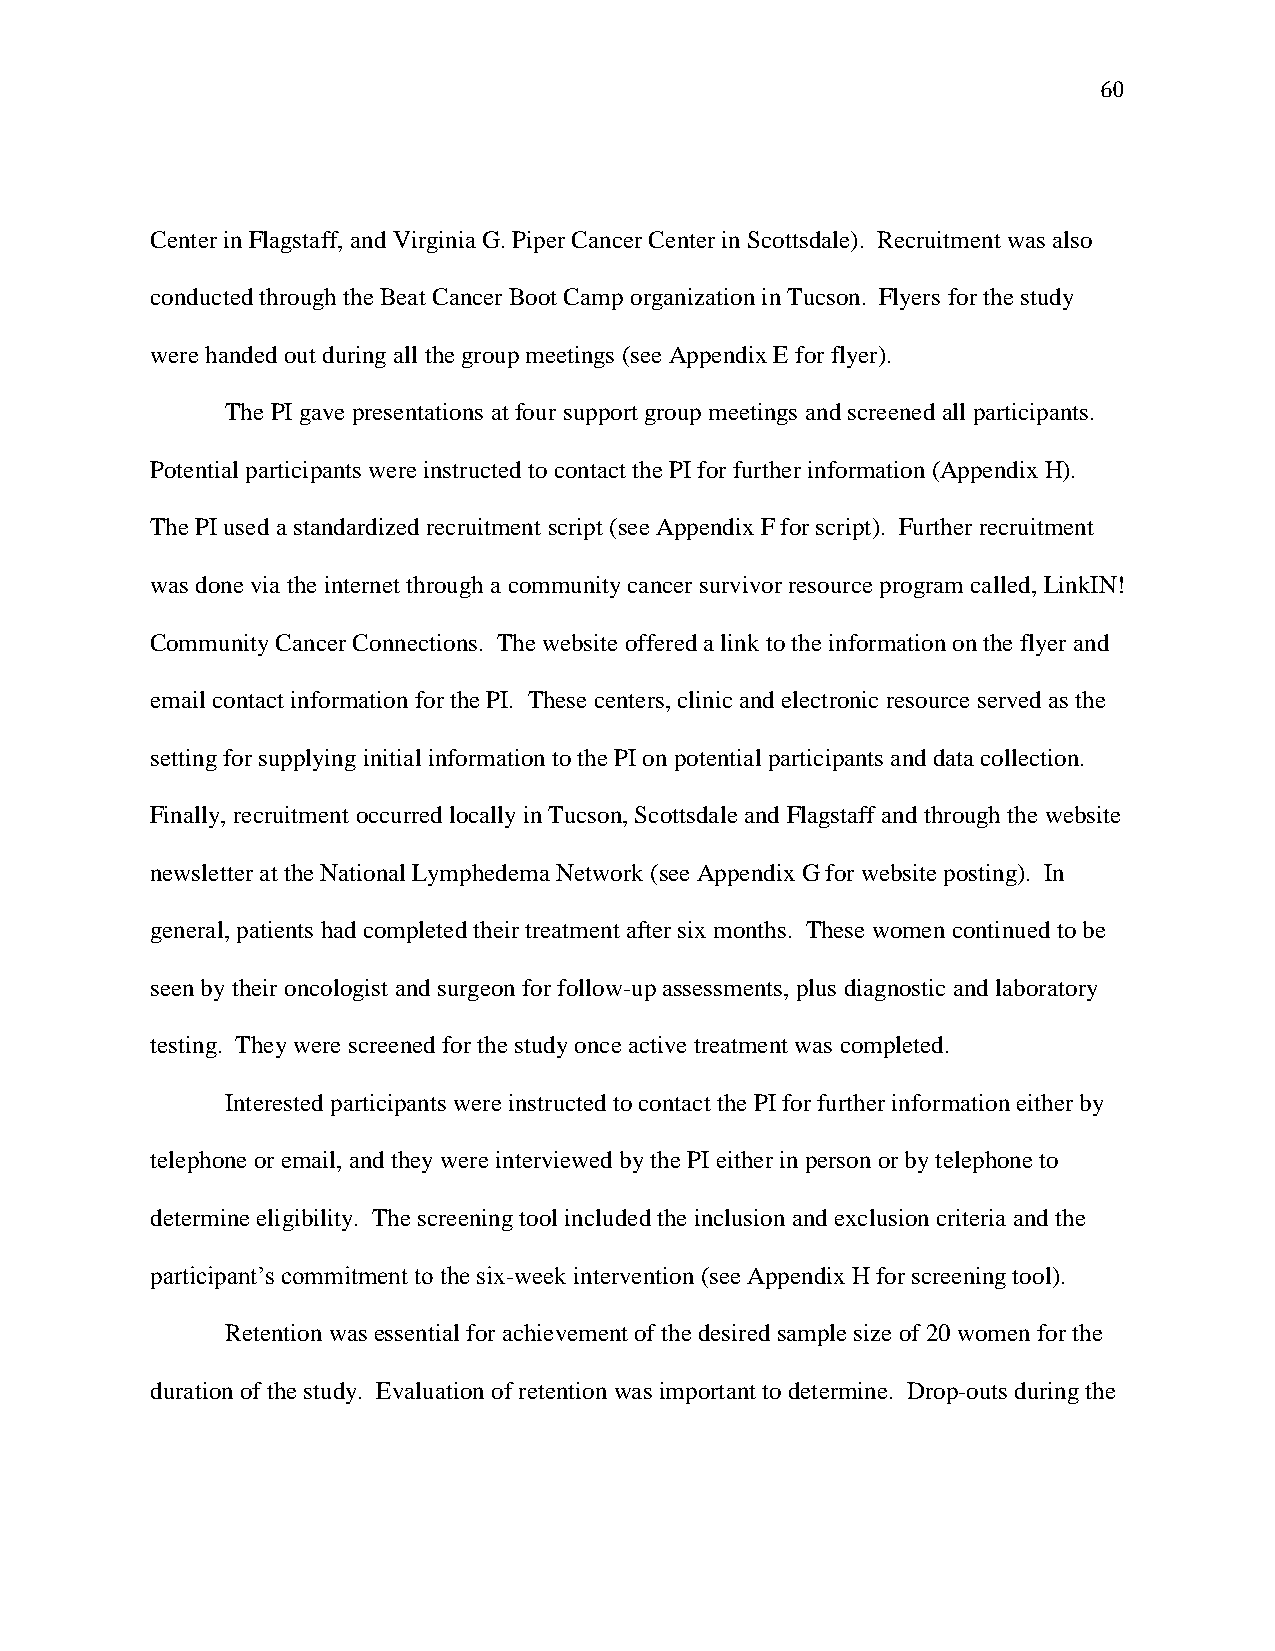
60
 Center in Flagstaff, and Virginia G. Piper Cancer Center in Scottsdale). Recruitment was also
 conducted through the Beat Cancer Boot Camp organization in Tucson. Flyers for the study
 were handed out during all the group meetings (see Appendix E for flyer).
 The PI gave presentations at four support group meetings and screened all participants.
 Potential participants were instructed to contact the PI for further information (Appendix H).
 The PI used a standardized recruitment script (see Appendix F for script). Further recruitment
 was done via the internet through a community cancer survivor resource program called, LinkIN!
 Community Cancer Connections. The website offered a link to the information on the flyer and
 email contact information for the PI. These centers, clinic and electronic resource served as the
 setting for supplying initial information to the PI on potential participants and data collection.
 Finally, recruitment occurred locally in Tucson, Scottsdale and Flagstaff and through the website
 newsletter at the National Lymphedema Network (see Appendix G for website posting). In
 general, patients had completed their treatment after six months. These women continued to be
 seen by their oncologist and surgeon for follow-up assessments, plus diagnostic and laboratory
 testing. They were screened for the study once active treatment was completed.
 Interested participants were instructed to contact the PI for further information either by
 telephone or email, and they were interviewed by the PI either in person or by telephone to
 determine eligibility. The screening tool included the inclusion and exclusion criteria and the
 participant’s commitment to the six-week intervention (see Appendix H for screening tool).
 Retention was essential for achievement of the desired sample size of 20 women for the
 duration of the study. Evaluation of retention was important to determine. Drop-outs during the